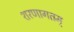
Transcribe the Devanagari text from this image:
शरणागतम्‌